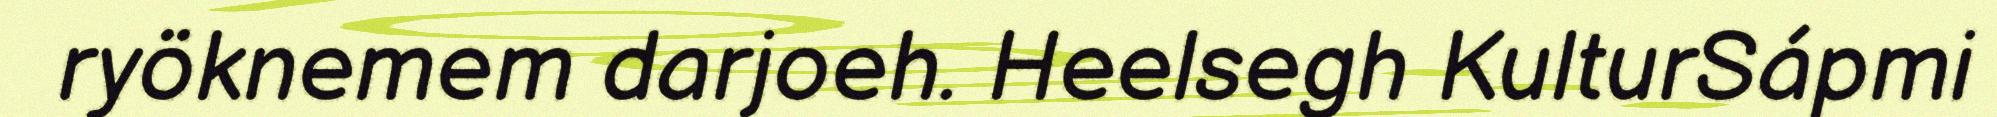
ryöknemem darjoeh. Heelsegh KulturSápmi